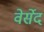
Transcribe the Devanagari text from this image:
वेर्सेद